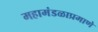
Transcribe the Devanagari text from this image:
महामंडळाप्रमाणे